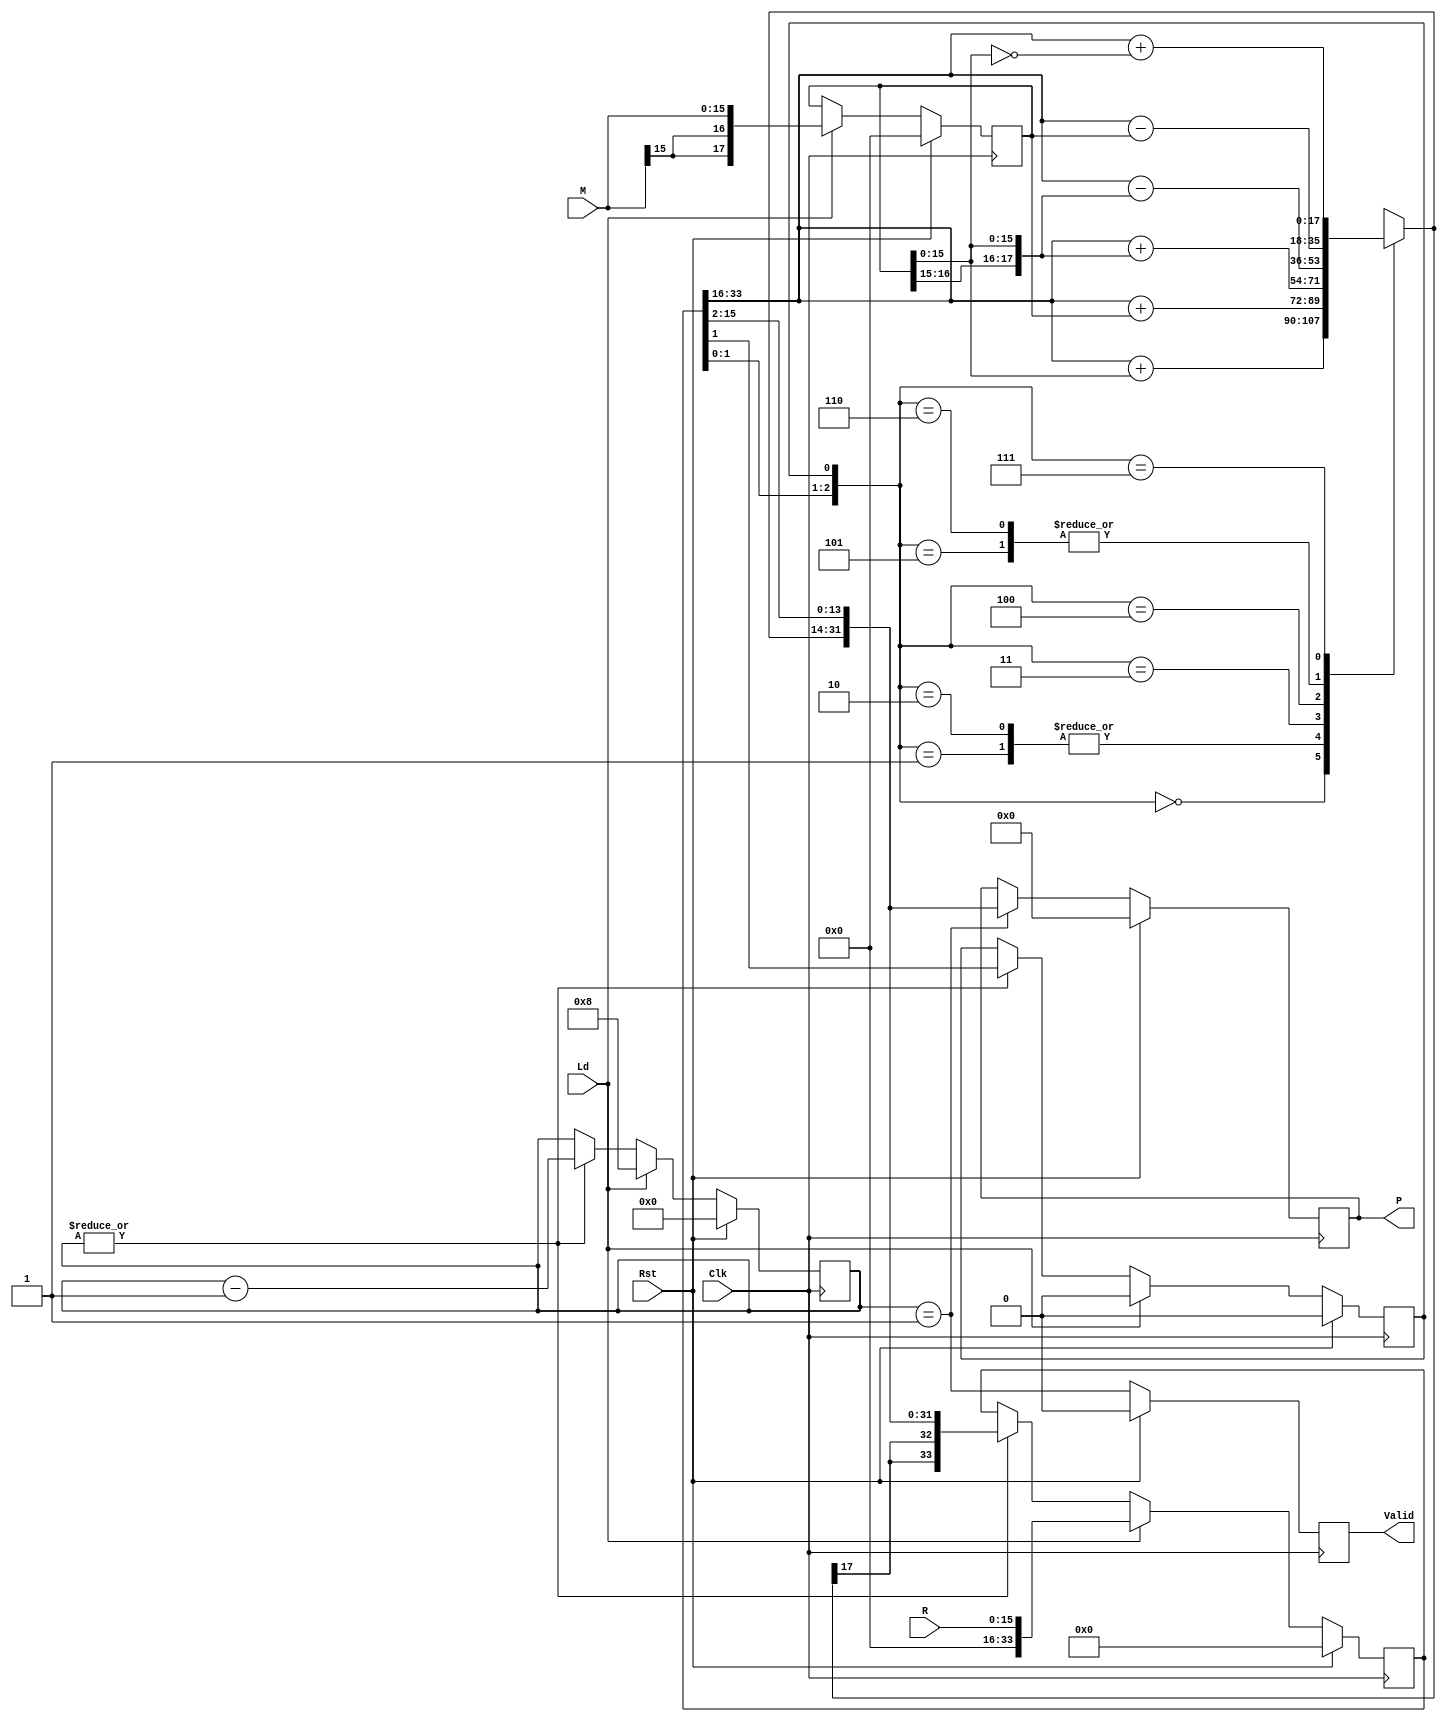
`timescale 1ns / 1ps
//////////////////////////////////////////////////////////////////////////////////
// Company: 
// Engineer: 
// 
// Design Name: 
// Module Name: Radix4
// Project Name: 
// Target Devices: 
// Tool Versions: 
// Description: 
// 
// Dependencies: 
// 
// Revision:
// Revision 0.01 - File Created
// Additional Comments:
// 
//////////////////////////////////////////////////////////////////////////////////


module Radix4 #(
    parameter N = 16                // Width = N: multiplicand & multiplier
)(
    input   Rst,                    // Reset
    input   Clk,                    // Clock
    
    input   Ld,                     // Load Registers and Start Multiplier
    input   [(N - 1):0] M,          // Multiplicand
    input   [(N - 1):0] R,          // Multiplier
    output  reg Valid,              // Product Valid
    output  reg [((2*N) - 1):0] P   // Product <= M * R
);


localparam pNumCycles = ((N + 1)/2);    // No. of cycles required for product

///////////////////////////////////////////////////////////////////////////////
//
//  Declarations
//

reg     [4:0] Cntr;         // Operation Counter
reg     [2:0] Booth;        // Booth Recoding Field
reg     Guard;              // Shift Bit for Booth Recoding

reg     [(N + 1):0] A;      // Multiplicand w/ guards
reg     [(N + 1):0] S;      // Adder w/ guards
wire    [(N + 1):0] Hi;     // Upper Half of Product w/ guards

reg     [((2*N) + 1):0] Prod;   // Double Length Product w/ guards

///////////////////////////////////////////////////////////////////////////////
//
//  Implementation
//

always @(posedge Clk)
begin
    if(Rst)
        Cntr <=  0;
    else if(Ld)
        Cntr <=  pNumCycles;
    else if(|Cntr)
        Cntr <=  (Cntr - 1);
end

//  Multiplicand Register
//      includes 2 bits to guard sign of multiplicand in the event the most
//      negative value is provided as the input.

always @(posedge Clk)
begin
    if(Rst)
        A <=  0;
    else if(Ld)
        A <=  {{2{M[(N - 1)]}}, M};
end

//  Compute Upper Partial Product: (N + 2) bits in width

always @(*) Booth <= {Prod[1:0], Guard};    // Booth's Multiplier Recoding fld

assign Hi = Prod[((2*N) + 1):N];    // Upper Half of the Product Register

always @(*)
begin
    case(Booth)
        3'b000  : S <= Hi + {2'b00,A[15:0]};              // Prod <= (Prod + 0*A) >> 2;
        3'b001  : S <= Hi +  A;         // Prod <= (Prod + 1*A) >> 2;
        3'b010  : S <= Hi +  A;         // Prod <= (Prod + 1*A) >> 2;
        3'b011  : S <= Hi + {A[16:15],A[15:0]};  // Prod <= (Prod + 2*A) >> 2;
        3'b100  : S <= Hi - {A[16:15],A[15:0]};  // Prod <= (Prod - 2*A) >> 2;
        3'b101  : S <= Hi -  A;         // Prod <= (Prod - 1*A) >> 2;
        3'b110  : S <= Hi -  A;         // Prod <= (Prod - 1*A) >> 2;
        3'b111  : S <= Hi + {2'b00,~A[15:0]};              // Prod <= (Prod - 0*A) >> 2;
    endcase
end

//  Double Length Product Register
//      Multiplier, R, is loaded into the least significant half on load, Ld.
//      Shifted right two places as the product is computed iteratively.

always @(posedge Clk)
begin
    if(Rst)
        Prod <=  0;
    else if(Ld)
        Prod <=  R;
    else if(|Cntr)  // Shift right two bits
        Prod <=  {{2{S[(N + 1)]}}, S, Prod[(N - 1):2]};
end

always @(posedge Clk)
begin
    if(Rst)
        Guard <=  0;
    else if(Ld)
        Guard <=  0;
    else if(|Cntr)
        Guard <=  Prod[1];
end

//  Assign the product less the two guard bits to the output port
//      A double right shift is required since the output product is stored
//      into a synchronous register on the last cycle of the multiply.

always @(posedge Clk)
begin
    if(Rst)
        P <=  0;
    else if(Cntr == 1)
        P <=  {S, Prod[(N - 1):2]};
end

//  Count the number of shifts
//      This implementation does not use any optimizations to perform multiple
//      bit shifts to skip over runs of 1s or 0s.

always @(posedge Clk)
begin
    if(Rst)
        Valid <=  0;
    else
        Valid <=  (Cntr == 1);
end

    
endmodule